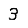
Digit: 3